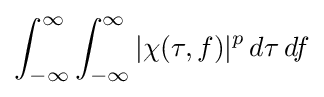
\int _{-\infty }^{\infty }\int _{-\infty }^{\infty }|\chi (\tau ,f)|^{p}\,d\tau \,df